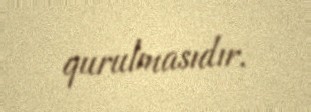
qurulmasıdır.